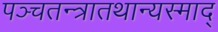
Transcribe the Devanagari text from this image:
पञ्चतन्त्रातथान्यस्माद्